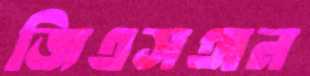
জিএসঅন